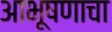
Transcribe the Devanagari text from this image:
आभूषणाचा